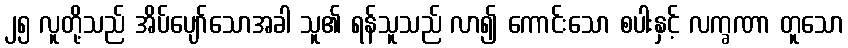
၂၅ လူတို့သည် အိပ်ပျော်သောအခါ သူ၏ ရန်သူသည် လာ၍ ကောင်းသော စပါးနှင့် လက္ခဏာ တူသော